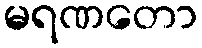
မရဏတော